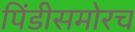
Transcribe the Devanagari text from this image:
पिंडीसमोरच